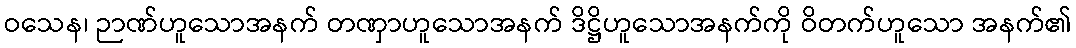
ဝသေန၊ ဉာဏ်ဟူသောအနက် တဏှာဟူသောအနက် ဒိဋ္ဌိဟူသောအနက်ကို ဝိတက်ဟူသော အနက်၏